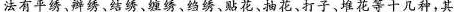
法有平绣、辫绣、结绣、缠绣、绉绣、贴花、抽花、打子、堆花等十几种，其